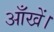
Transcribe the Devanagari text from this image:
आँखें।